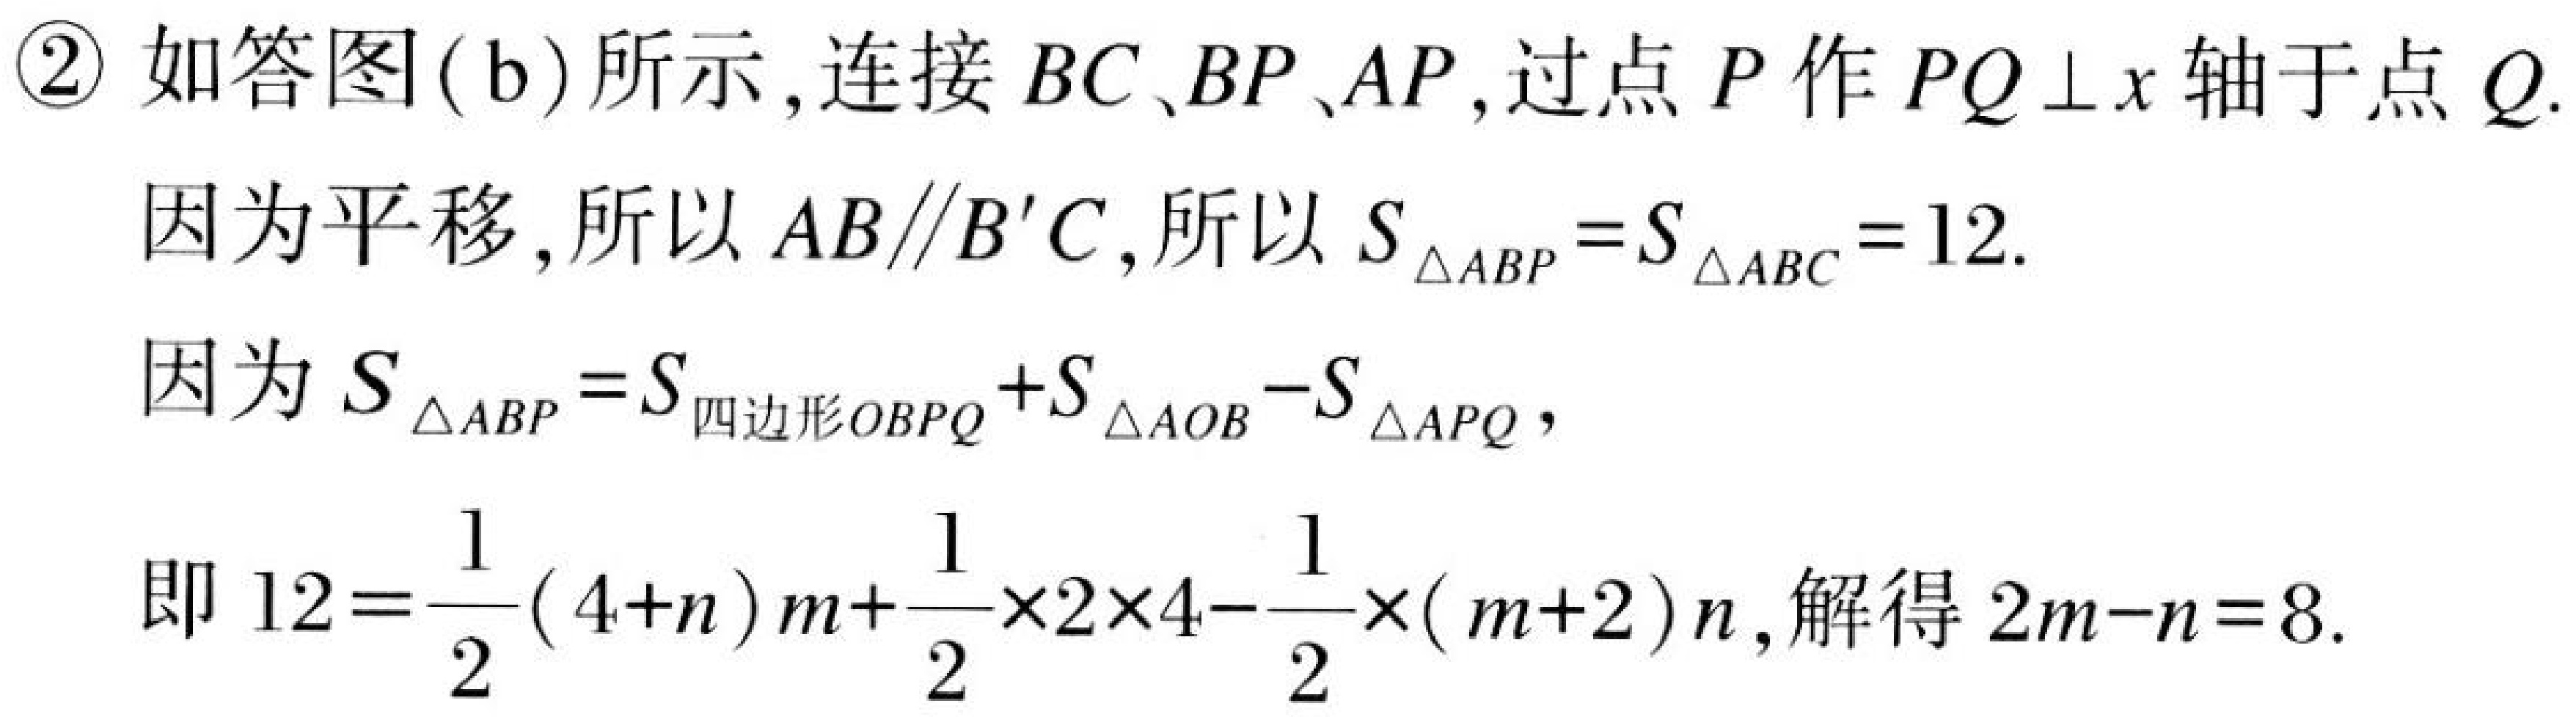
\textcircled{2} 如答图(b)所示,连接 \(BC\)、\(BP\)、\(AP\),过点 \(P\)作 \(PQ\perp x\)轴于点 \(Q\).
因为平移,所以 \(AB\parallel B'C\),所以 \(S_{\triangle ABP}=S_{\triangle ABC} = 12\).
因为 \(S_{\triangle ABP}=S_{四边形OBPQ}+S_{\triangle AOB}-S_{\triangle APQ}\),
即 \(12=\frac{1}{2}(4 + n)m+\frac{1}{2}\times2\times4-\frac{1}{2}\times(m + 2)n\),解得 \(2m - n=8\).